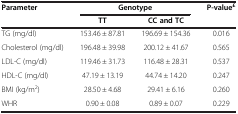
| <ROWSPAN=2> Parameter | <COLSPAN=2> Genotype | <ROWSPAN=2> P-value£ |
 | TT | CC and TC |
 | --- | --- | --- | --- |
 | TG (mg/dl) | 153.46 ± 87.81 | 196.69 ± 154.36 | 0.016 |
 | Cholesterol (mg/dl) | 196.48 ± 39.98 | 200.12 ± 41.67 | 0.565 |
 | LDL-C (mg/dl) | 119.46 ± 31.73 | 116.48 ± 28.31 | 0.537 |
 | HDL-C (mg/dl) | 47.19 ± 13.19 | 44.74 ± 14.20 | 0.247 |
 | BMI (kg/m2) | 28.50 ± 4.68 | 29.41 ± 6.16 | 0.260 |
 | WHR | 0.90 ± 0.08 | 0.89 ± 0.07 | 0.229 |